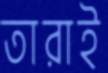
তারাই